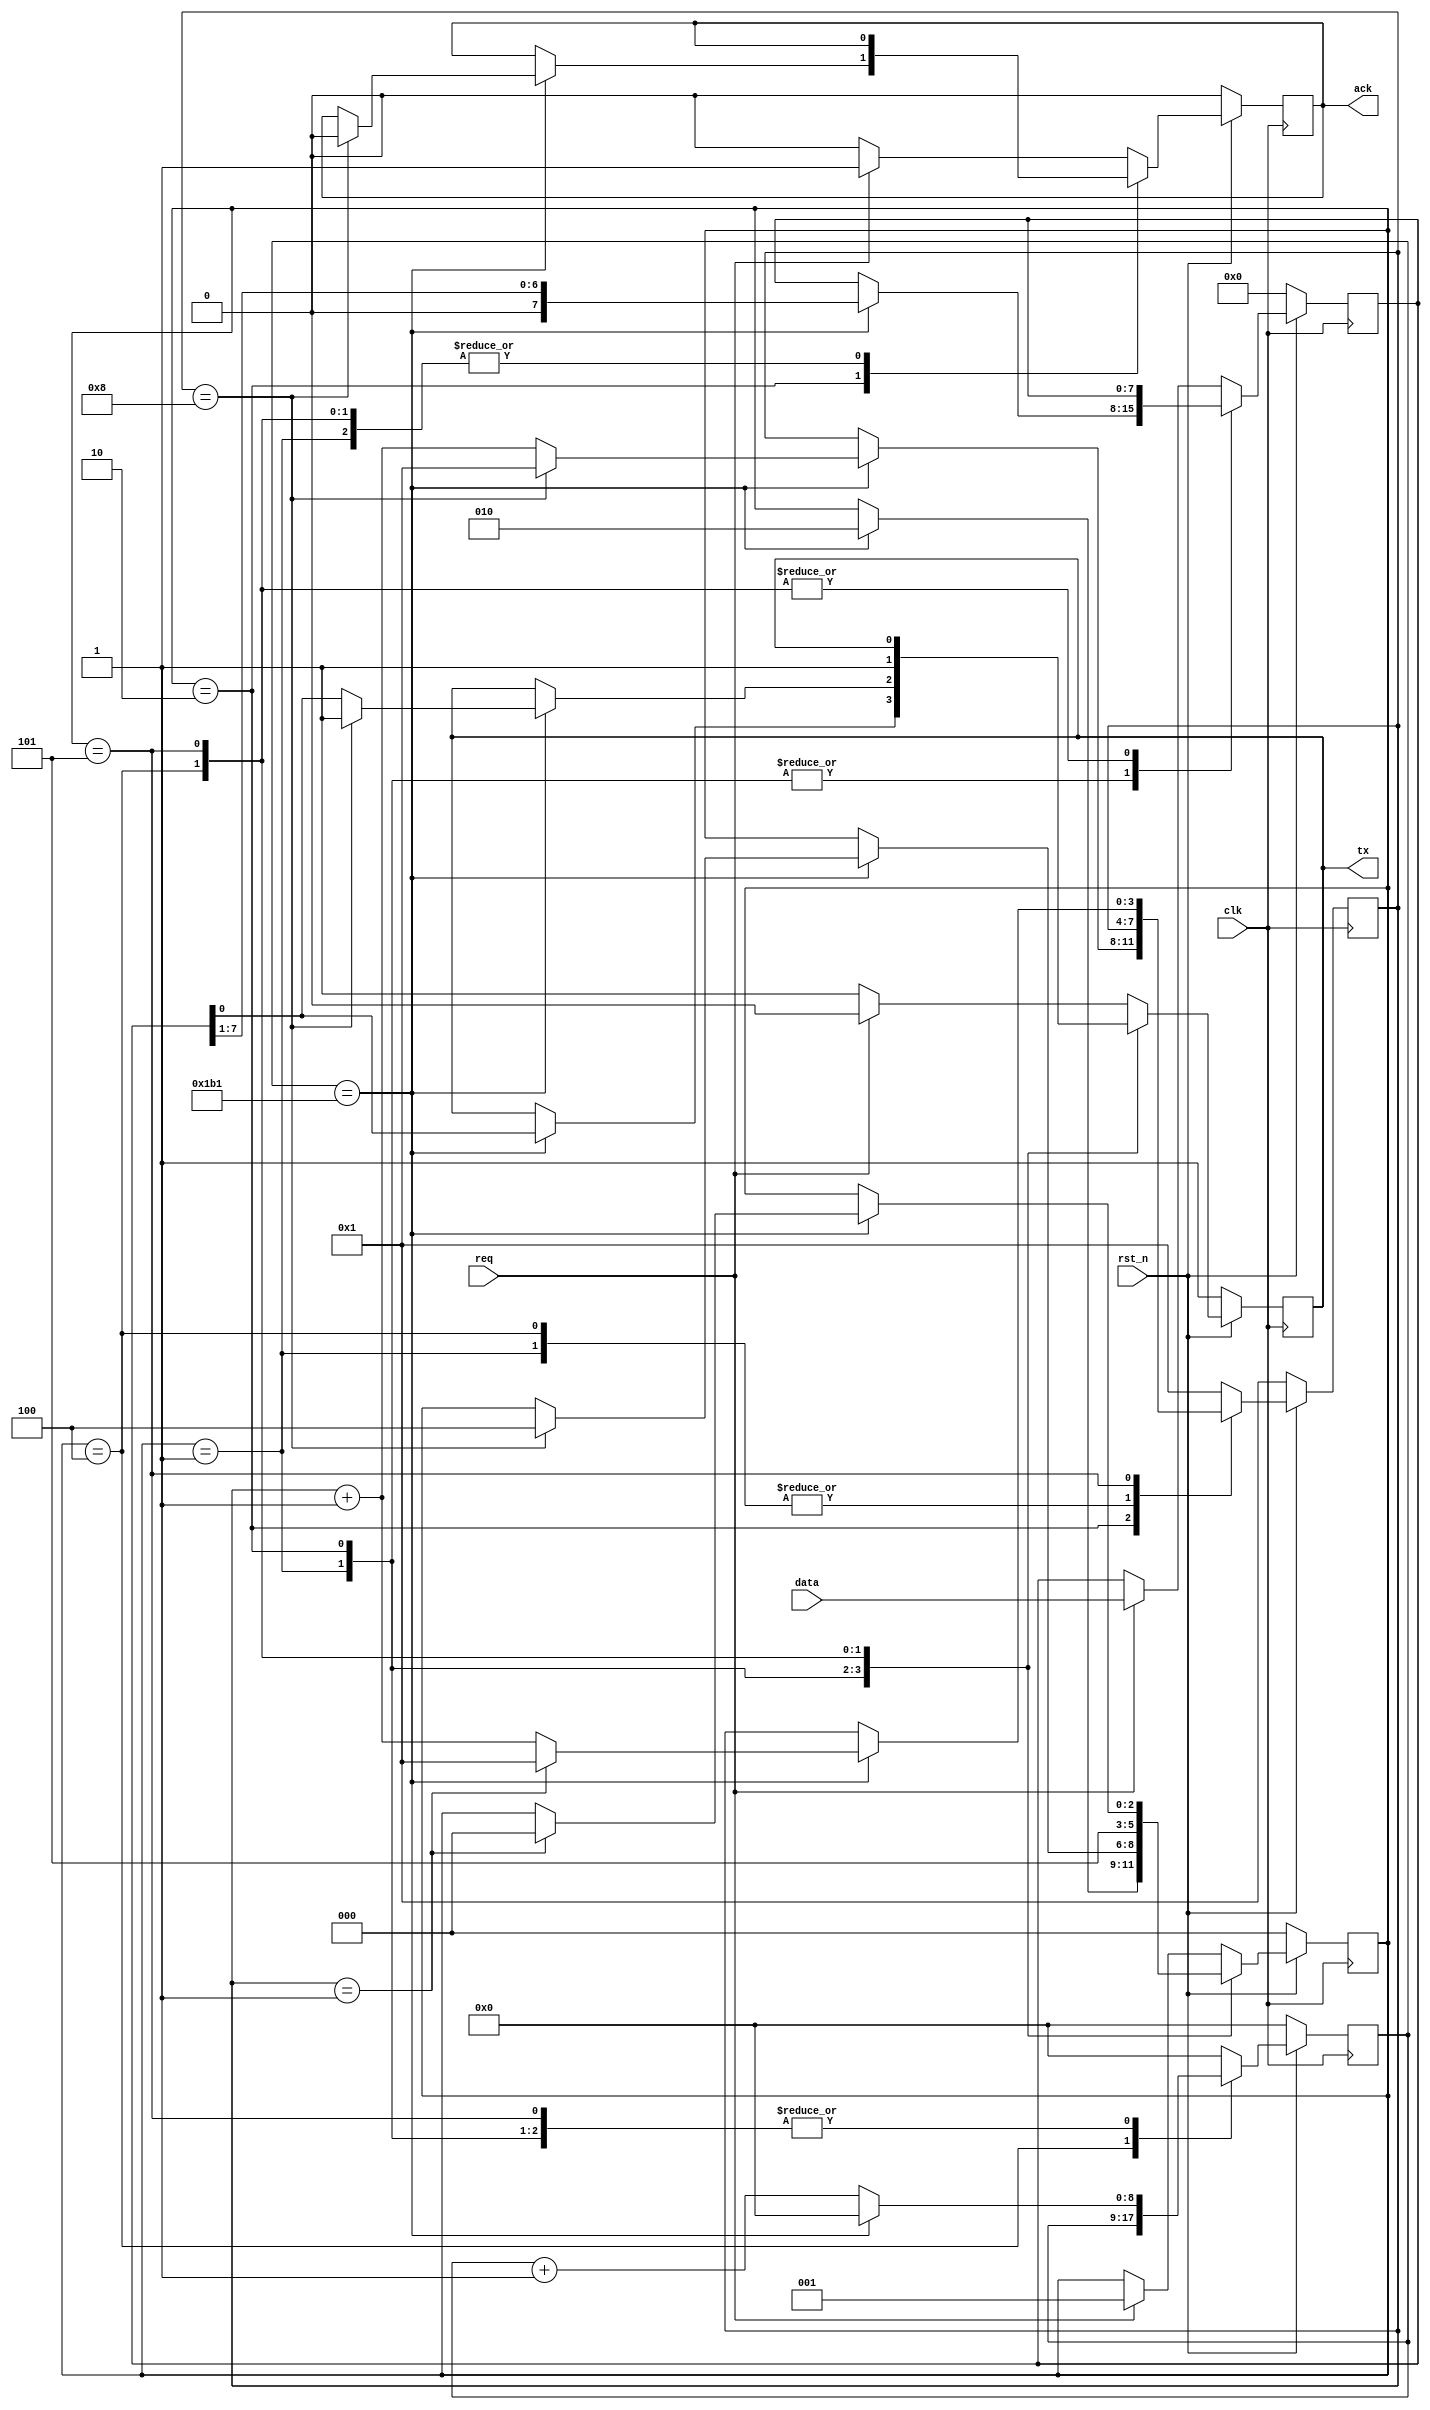
/** A serial transmitter module
**/

module serial_transmitter
 #(
    parameter CLK_FREQ = 50_000_000, /**< Clock frequency */
    parameter BAUD_RATE = 115_200, /**< Serial baud rate */
    parameter PARITY = 0,
    parameter NUM_BITS = 8,
    parameter STOP_BITS = 1
  )
  (
    input                clk,
    input                rst_n,
    output reg           tx,
    input                req,
    input [NUM_BITS-1:0] data,
    output reg            ack
  );

  /** NUM_CYCLES clock number of cycles of each bit in serial port */
  localparam NUM_CYCLES = (CLK_FREQ / BAUD_RATE) - 1;
  /** CNT_SIZE number of bits needed in a counter to compute a bit delay */
  localparam CNT_SIZE = $clog2(NUM_CYCLES);

  /** counter of bit time */
  reg [CNT_SIZE-1:0] counter_delay; // = 0;
  /** counter of received bits */
  reg [3:0] counter_bits; // = 'd1;
  reg [NUM_BITS-1:0] sample_data;
//  reg busy = 1'b0;
  reg parity_even_bit; // = 1'b0;
  
  localparam STATE_IDLE       = 3'd0;
  localparam STATE_START_BIT  = 3'd1;
  localparam STATE_DATA_BITS  = 3'd2;
  localparam STATE_PARITY     = 3'd4;
  localparam STATE_STOP_BITS  = 3'd5;

  reg [2:0] state; // = STATE_IDLE;

  always @(posedge clk) begin
    if (rst_n == 1'b0) begin
      state <= STATE_IDLE;
      counter_bits <= 'd1;
      counter_delay <= 'd0;
      sample_data <= 'd0;
      tx <= 1'b1;
      ack <= 1'b0;
      parity_even_bit <= 1'b0;
//      busy = 1'b0;
    end else begin
      case (state)
        STATE_START_BIT : begin
          if (counter_delay == NUM_CYCLES) begin
            state <= STATE_DATA_BITS;
            tx <= sample_data[0];
            parity_even_bit <= parity_even_bit ^ sample_data[0];
            sample_data <= {1'b0,sample_data[NUM_BITS-1:1]};
            counter_delay <= 'd0;
          end else begin
            counter_delay <= counter_delay + 1;
          end
        end
        STATE_DATA_BITS : begin
          if (counter_delay == NUM_CYCLES) begin
            tx <= sample_data[0];
            parity_even_bit <= parity_even_bit ^ sample_data[0];
            sample_data <= {1'b0,sample_data[NUM_BITS-1:1]};
            counter_delay <= 'd0;
            if (counter_bits == NUM_BITS) begin
              ack <= 1'b0;
              state <= STATE_PARITY;
              case (PARITY)
                4 : tx <= 1'b0; // SPACE
                3 : tx <= 1'b1; // MARK
                2 : tx <= parity_even_bit; // EVEN
                1 : tx <= ~parity_even_bit; // ODD
                default : tx <= 1'b1; // NONE - stop bit 1
              endcase
              counter_bits <= 'd1;
            end else begin
              counter_bits <= counter_bits + 1;
            end
          end else begin
            counter_delay <= counter_delay + 1;            
          end
        end
        STATE_PARITY : begin
          if (PARITY == 0) begin
            tx <= 1'b1; //stop bit
            state <= STATE_STOP_BITS;
          end
          else begin
            // wait delay for parity bit
            if (counter_delay == NUM_CYCLES) begin
              tx <= 1'b1; //stop bit
              state <= STATE_STOP_BITS;
              counter_delay <= 'd0;
            end else begin
              counter_delay <= counter_delay + 1;
            end
          end
        end
        STATE_STOP_BITS : begin
          if (counter_delay == NUM_CYCLES) begin
            counter_delay <= 'd0;
            if (counter_bits == STOP_BITS) begin
              state <= STATE_IDLE;
              counter_bits <= 'd1;
            end else begin
              counter_bits <= counter_bits + 1;
            end
          end else begin
            counter_delay <= counter_delay + 1;
          end
        end
        default : 
          begin /** IDLE State */
            counter_bits <= 'd1;
            counter_delay <= 'd0;
            tx <= 1'b1;
            ack <= 1'b0;
            if (req == 1'b1) begin /** req to send data */
              state <= STATE_START_BIT;
              tx <= 1'b0;
              ack <= 1'b1;
              sample_data <= data; /** store data */
            end
        end
      endcase
    end
  end

endmodule